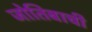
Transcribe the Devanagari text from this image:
जोतिबाची